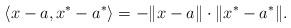
LaTeX: \begin{align*}\langle x-a, x^*-a^*\rangle=-\|x-a\|\cdot\|x^*-a^*\|.\end{align*}